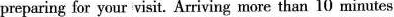
preparing for your visit. Arriving more than 10 minutes